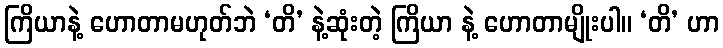
ကြိယာနဲ့ ဟောတာမဟုတ်ဘဲ ‘တိ’ နဲ့ဆုံးတဲ့ ကြိယာ နဲ့ ဟောတာမျိုးပါ။ ‘တိ’ ဟာ